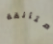
متأنقة